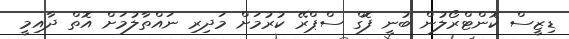
ޑިޒީސް ކޮންޓްރޯލުން ބުނީ ފޮގް ސްޕްރޭ ކުރުމަށް މަދިރި ނައްތާލުމަށް އޮތް ދާއިމީ